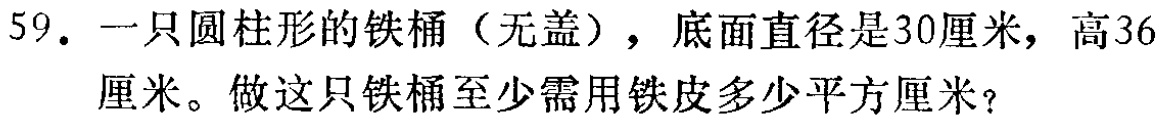
59. 一只圆柱形的铁桶（无盖），底面直径是30厘米，高36厘米。做这只铁桶至少需用铁皮多少平方厘米？